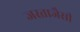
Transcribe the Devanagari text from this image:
जस्ताजैसी